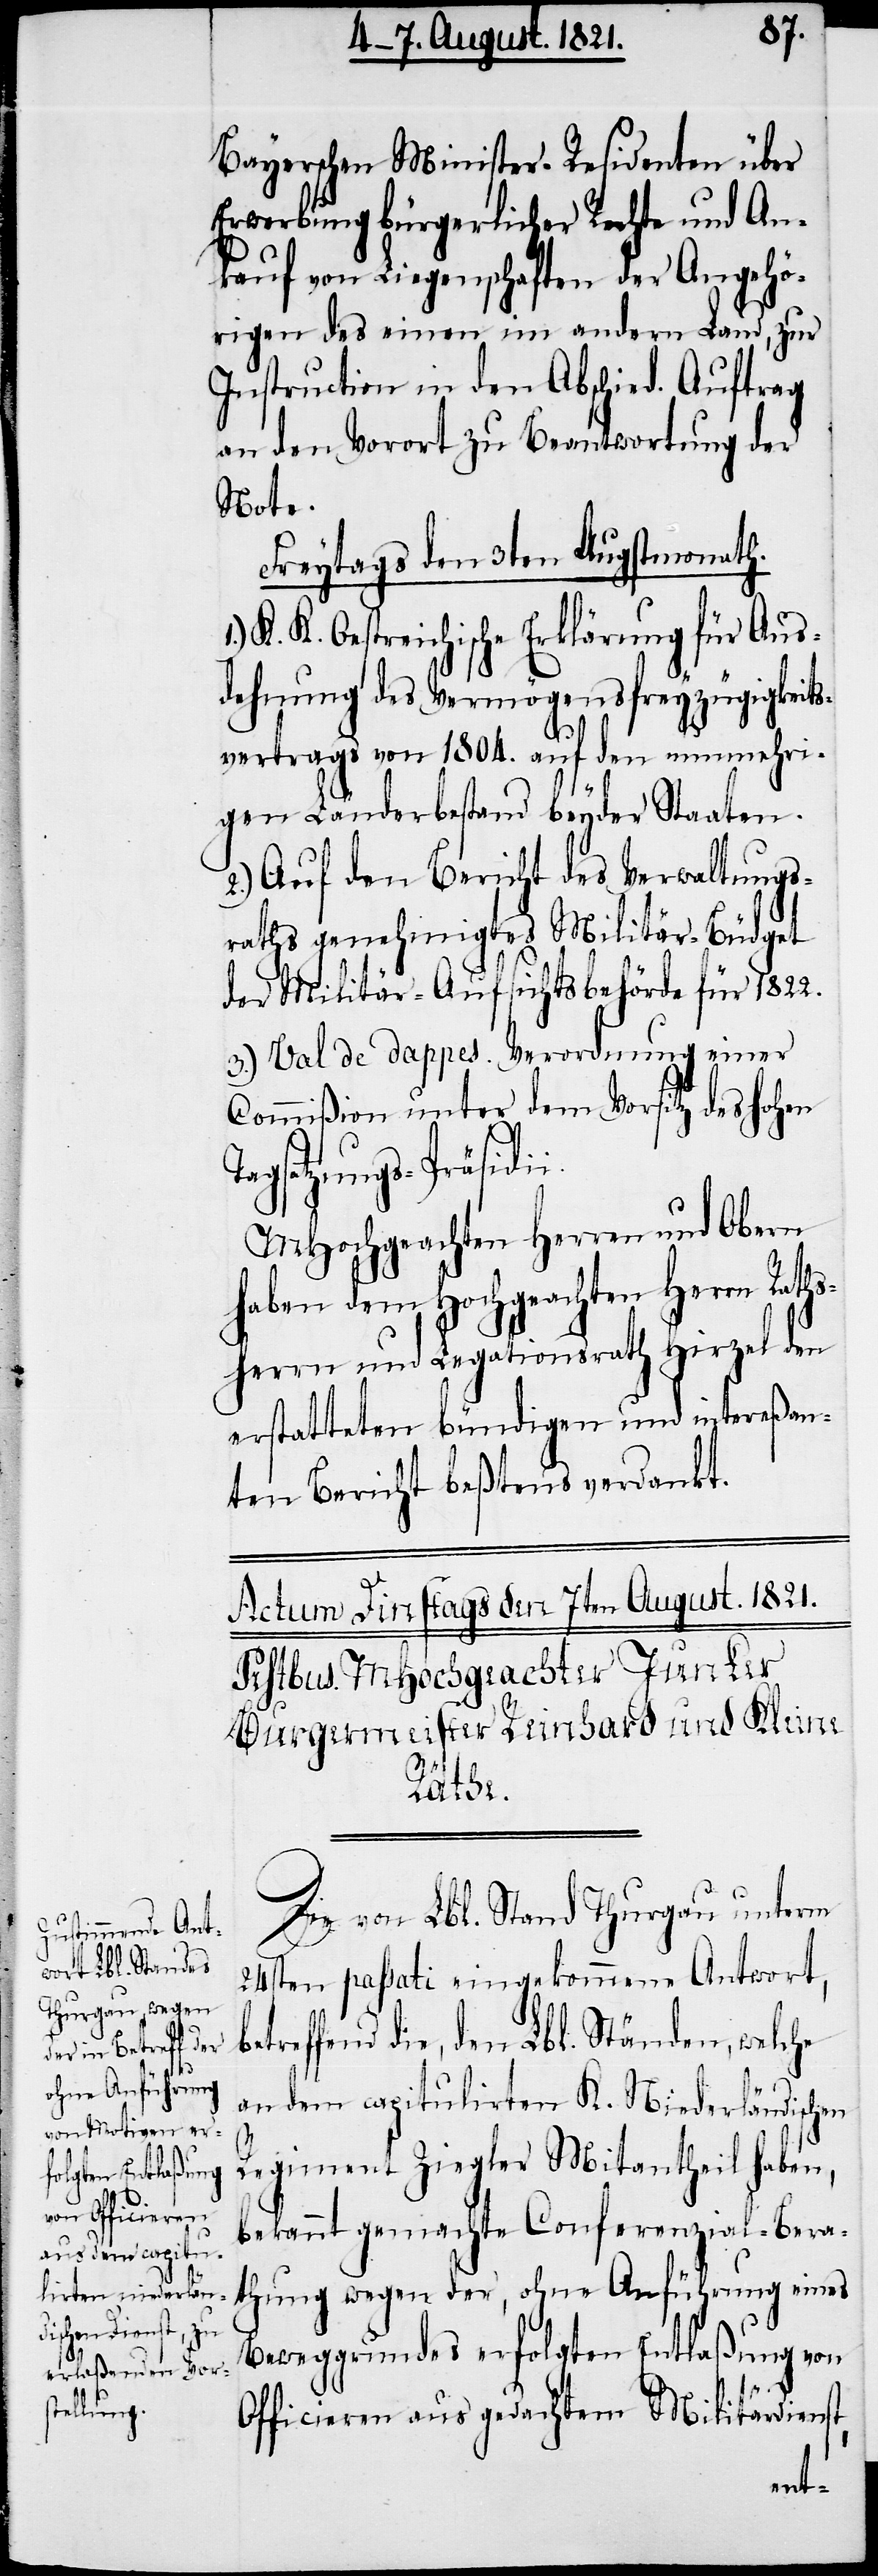
b¬

Bayerschen Minister-Residenten über
Erwerbung bürgerlicher Rechte und An¬
kauf von Liegenschaften der Angehö¬
rigen des einen im andern Land, zur
Instruction in den Abschied. Auftrag
an den Vorort zu Beantwortung der
Note.
Freytags den 3ten Augstmonath.
K. K. Oestreichische Erklärung für Aus¬
dehnung des Vermögensfreyzügigkeits¬
vertrags von 1804. auf den nunmehri¬
gen Länderbestand beyder Staaten.
2.) Auf den Bericht des Verwaltungs¬
raths genehmigtes Militär-Büdget
der Militär-Aufsichtsbehörde für 1822.
3.) Val de Dappes. Verordnung einer
Commißion unter dem Vorsitz des hohen
Tagsatzungs-Präsidi¬
MHochgeachten Herren und Obern
haben dem Hochgeachten Herrn Raths¬
herrn und Legationsrath Hirzel den
erstatteten bündigen und intereßan¬
ten Bericht beßtens verdankt.
Die von Lbl. Stand Thurgau unterm
24sten passati eingekommene Antwort,
etreffend die, den Lbl. Ständen, welche
an dem capitulirten K. Niederländischen
Regiment Ziegler Mitantheil haben,
bekannt gemachte Conferenzial-Bera¬
thung wegen der, ohne Anführung eines
Beweggrundes erfolgten Entlaßung von
Officieren aus gedachtem Militärdienst,